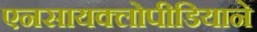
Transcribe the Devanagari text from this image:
एनसायक्लोपीडियाने